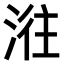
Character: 𣶂